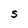
Character: S